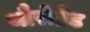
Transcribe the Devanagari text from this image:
थौरोब्रेड